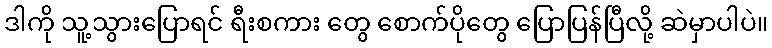
ဒါကို သူ့သွားပြောရင် ရီးစကား တွေ စောက်ပိုတွေ ပြောပြန်ပြီလို့ ဆဲမှာပါပဲ။